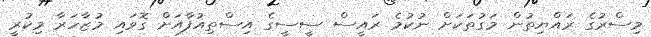
މިސްރުގެ ރައްޔިތުން މަގުތަކަށް ނުކުމެ ރައީސް ސީސީގެ އިސްތިއުފާއަށް ގޮވައި މުޒާހަރާ މިކުރީ